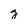
Character: g